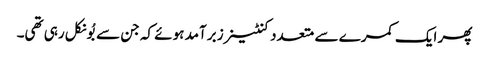
پھر ایک کمرے سے متعدد کنٹینرز برآمد ہوئے کہ جن سے بُو نکل رہی تھی۔